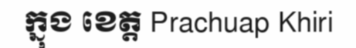
ក្នុង ខេត្ត Prachuap Khiri